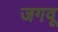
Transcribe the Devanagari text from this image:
जगवू